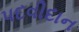
પદવીદાન